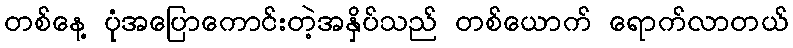
တစ်နေ့ ပုံအပြောကောင်းတဲ့အနှိပ်သည် တစ်ယောက် ရောက်လာတယ်